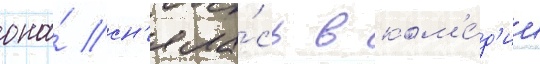
она́ сн'яла́сь в ком'е́д'ии